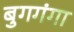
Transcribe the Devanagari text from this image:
बुगगंगा